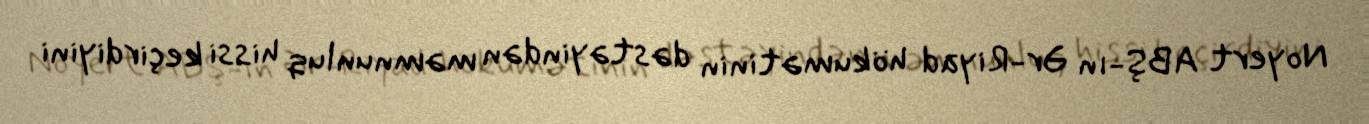
Noyert ABŞ-ın Ər-Riyad hökumətinin dəstəyindən məmnunluq hissi keçirdiyini